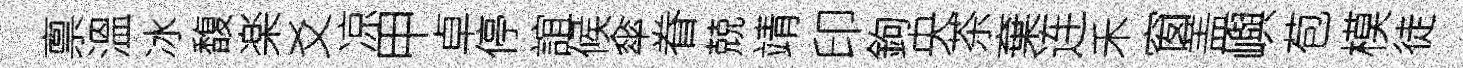
禀溫冰馥楽爻凉甲卓停誼候傘眷兢靖印鉤央茶棄连禾窗盖嶼苞模徒